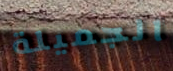
الجميلة